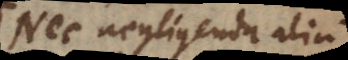
Nec negligenda alia